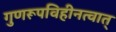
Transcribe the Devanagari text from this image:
गुणरूपविहीनत्वात्